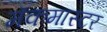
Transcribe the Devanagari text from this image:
मॅकमास्टर